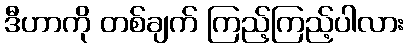
ဒီဟာကို တစ်ချက် ကြည့်ကြည့်ပါလား